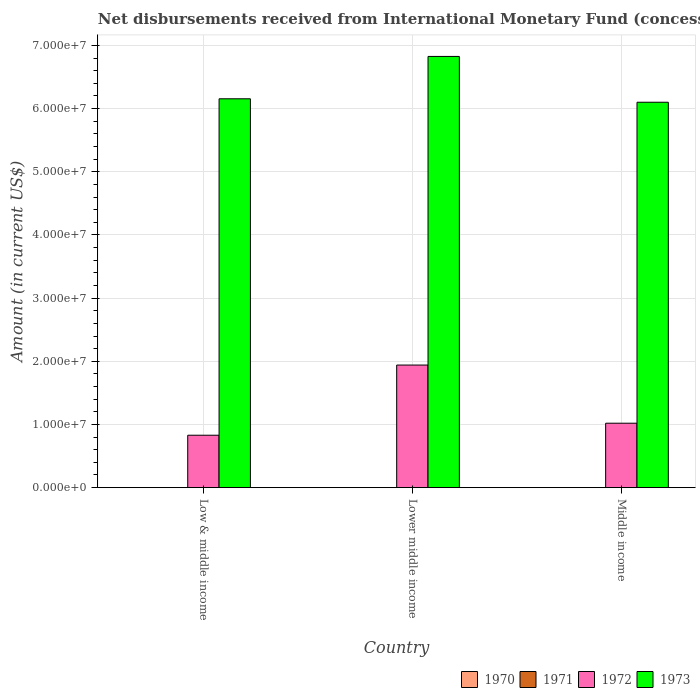
| Country | 1970 | 1971 | 1972 | 1973 |
 | --- | --- | --- | --- | --- |
 | Low & middle income | -2.02e+08 | -1.57e+07 | 8.3e+06 | 6.16e+07 |
 | Lower middle income | -2.02e+08 | -4.76e+06 | 1.94e+07 | 6.83e+07 |
 | Middle income | -2.02e+08 | -1.22e+07 | 1.02e+07 | 6.1e+07 |